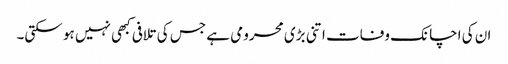
ان کی اچانک وفات اتنی بڑی محرومی ہے جس کی تلافی کبھی نہیں ہو سکتی۔